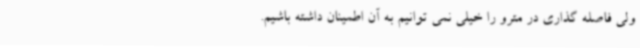
ولی فاصله گذاری در مترو را خیلی نمی توانیم به آن اطمینان داشته باشیم.